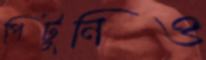
পিটুনিও